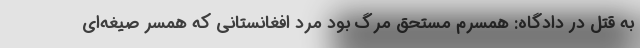
به قتل در دادگاه: همسرم مستحق مرگ بود مرد افغانستانی که همسر صیغه‌ای